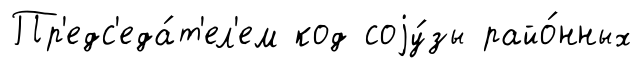
Пр'едс'еда́т'ел'ем код соjу́зы райо́нных